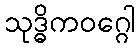
သုဒ္ဓိကဝဂ္ဂေါ